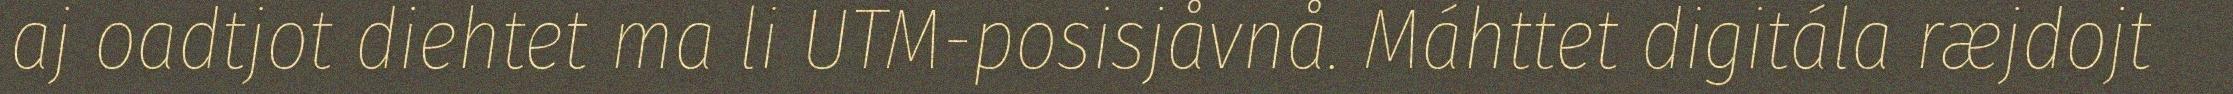
aj oadtjot diehtet ma li UTM-posisjåvnå. Máhttet digitála ræjdojt